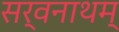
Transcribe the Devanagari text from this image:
सर्वनाथम्